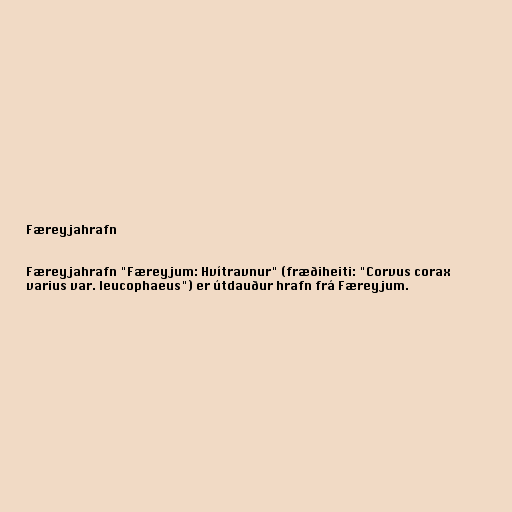
Færeyjahrafn

Færeyjahrafn "Færeyjum: Hvítravnur" (fræðiheiti: "Corvus corax
varius var. leucophaeus") er útdauður hrafn frá Færeyjum.